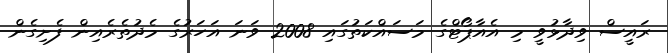
ރައީސް ވިދާޅުވީ މި އެއާޕޯޓްގެ މަސައްކަތުގައި 2008 ވަނަ އަހަރުގެ މެދުތެރެއިން ފެށިގެން